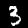
Label: 3